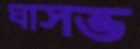
ঘাসভ